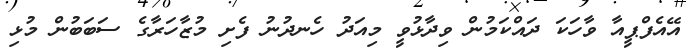
އޭއެފްޕީއާ ވާހަކަ ދައްކަމުން ވިދާޅުވީ މިއަދު ހެނދުނު ފެށި މުޒާހަރާގެ ސަބަބުން މުޅި